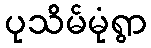
ပုသိမ်မုံရွာ